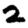
Digit: 2